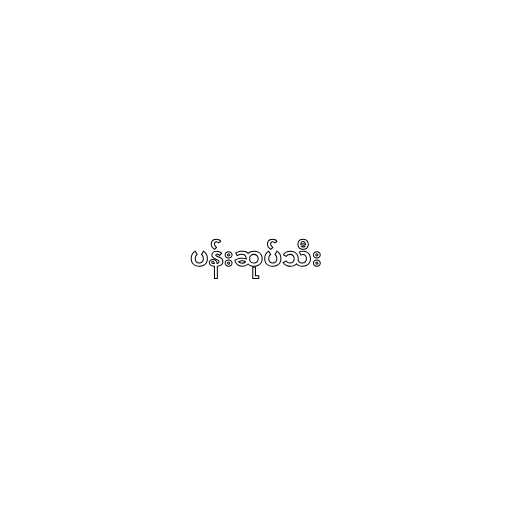
ပန်းဆုပ်သီး